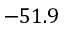
- 5 1 . 9